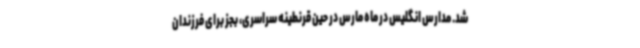
شد. مدارس انگلیس در ماه مارس در حین قرنطینه سراسری، بجز برای فرزندان